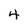
Character: 4